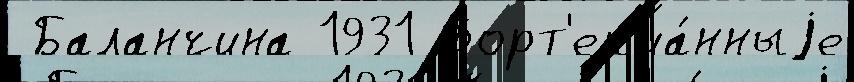
 Баланчина 1931 Форт'еп'иа́нныjе